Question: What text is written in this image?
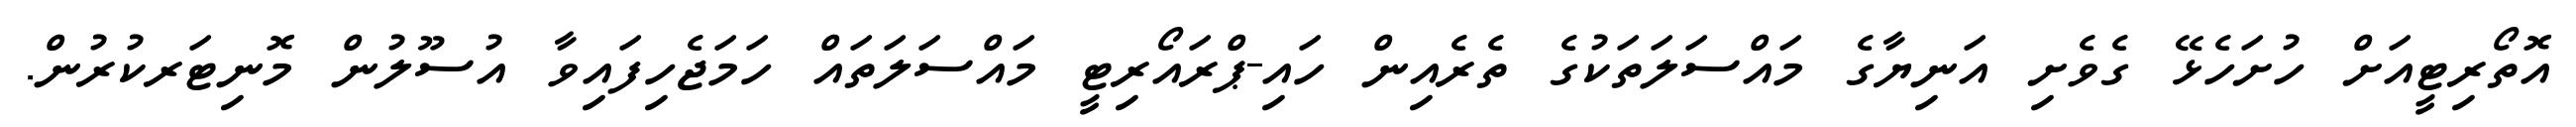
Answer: އޮތޯރިޓީއަށް ހުށަހެޅޭ ގެވެށި އަނިޔާގެ މައްސަލަތަކުގެ ތެރެއިން ހައި-ޕްރައޯރިޓީ މައްސަލަތައް ހަމަޖެހިފައިވާ އުސޫލުން މޮނިޓަރކުރުން.